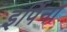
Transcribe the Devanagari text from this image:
इर्पिना